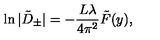
\ln \vert \tilde { D } _ { \pm } \vert = - \frac { L \lambda } { 4 \pi ^ { 2 } } \tilde { F } ( y ) ,